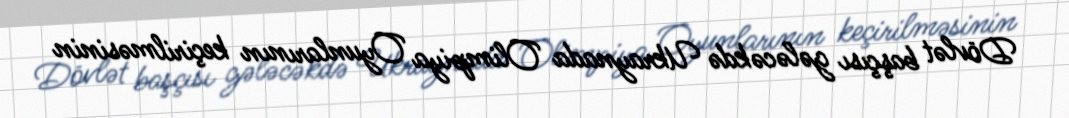
Dövlət başçısı gələcəkdə Ukraynada Olimpiya Oyunlarının keçirilməsinin